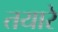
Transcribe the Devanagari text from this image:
तयारे